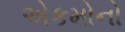
એકમોનો